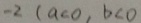
- 2 ( a < 0 , b < 0